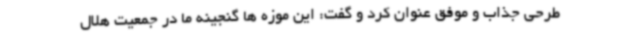
طرحی جذاب و موفق عنوان کرد و گفت: این موزه ها گنجینه ما در جمعیت هلال